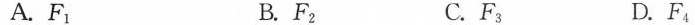
A.F_{1} B.F_{2} C.F_{3} D.F_{4}